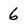
Character: 6